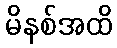
မိနစ်အထိ